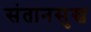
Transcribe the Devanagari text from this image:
संतानसुख